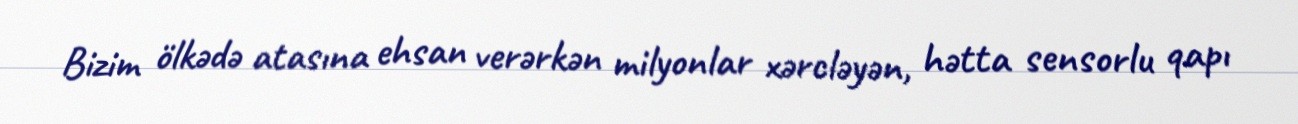
Bizim ölkədə atasına ehsan verərkən milyonlar xərcləyən, hətta sensorlu qapı